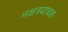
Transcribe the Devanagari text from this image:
नक्षत्रवाचक